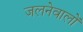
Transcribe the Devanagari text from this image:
जलनेवालों